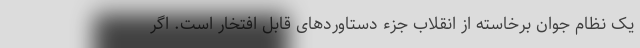
یک نظام جوان برخاسته از انقلاب جزء دستاوردهای قابل افتخار است. اگر